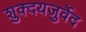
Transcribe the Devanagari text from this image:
शुक्दयजुर्वेद